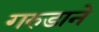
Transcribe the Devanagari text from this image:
गरुडाने